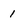
Character: 1